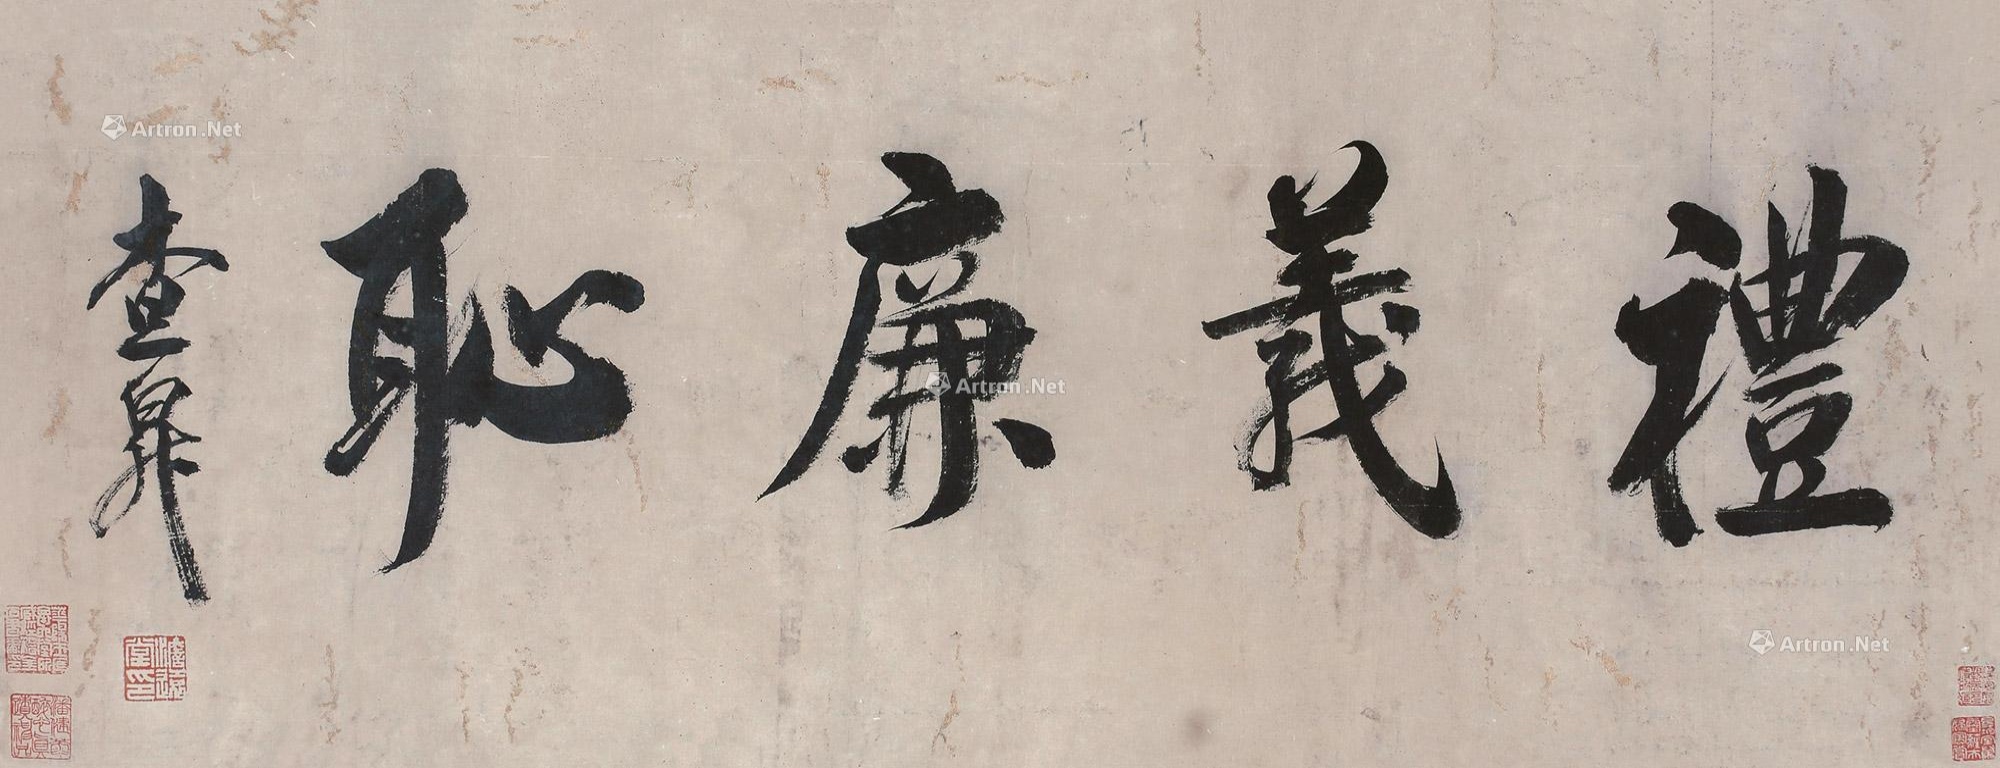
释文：礼义廉耻查升？。